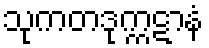
သုကတဒုက္ကဋာနံ